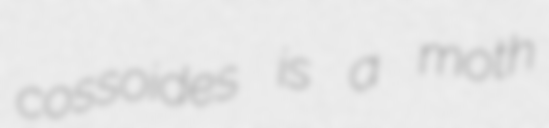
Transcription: cossoides is a moth